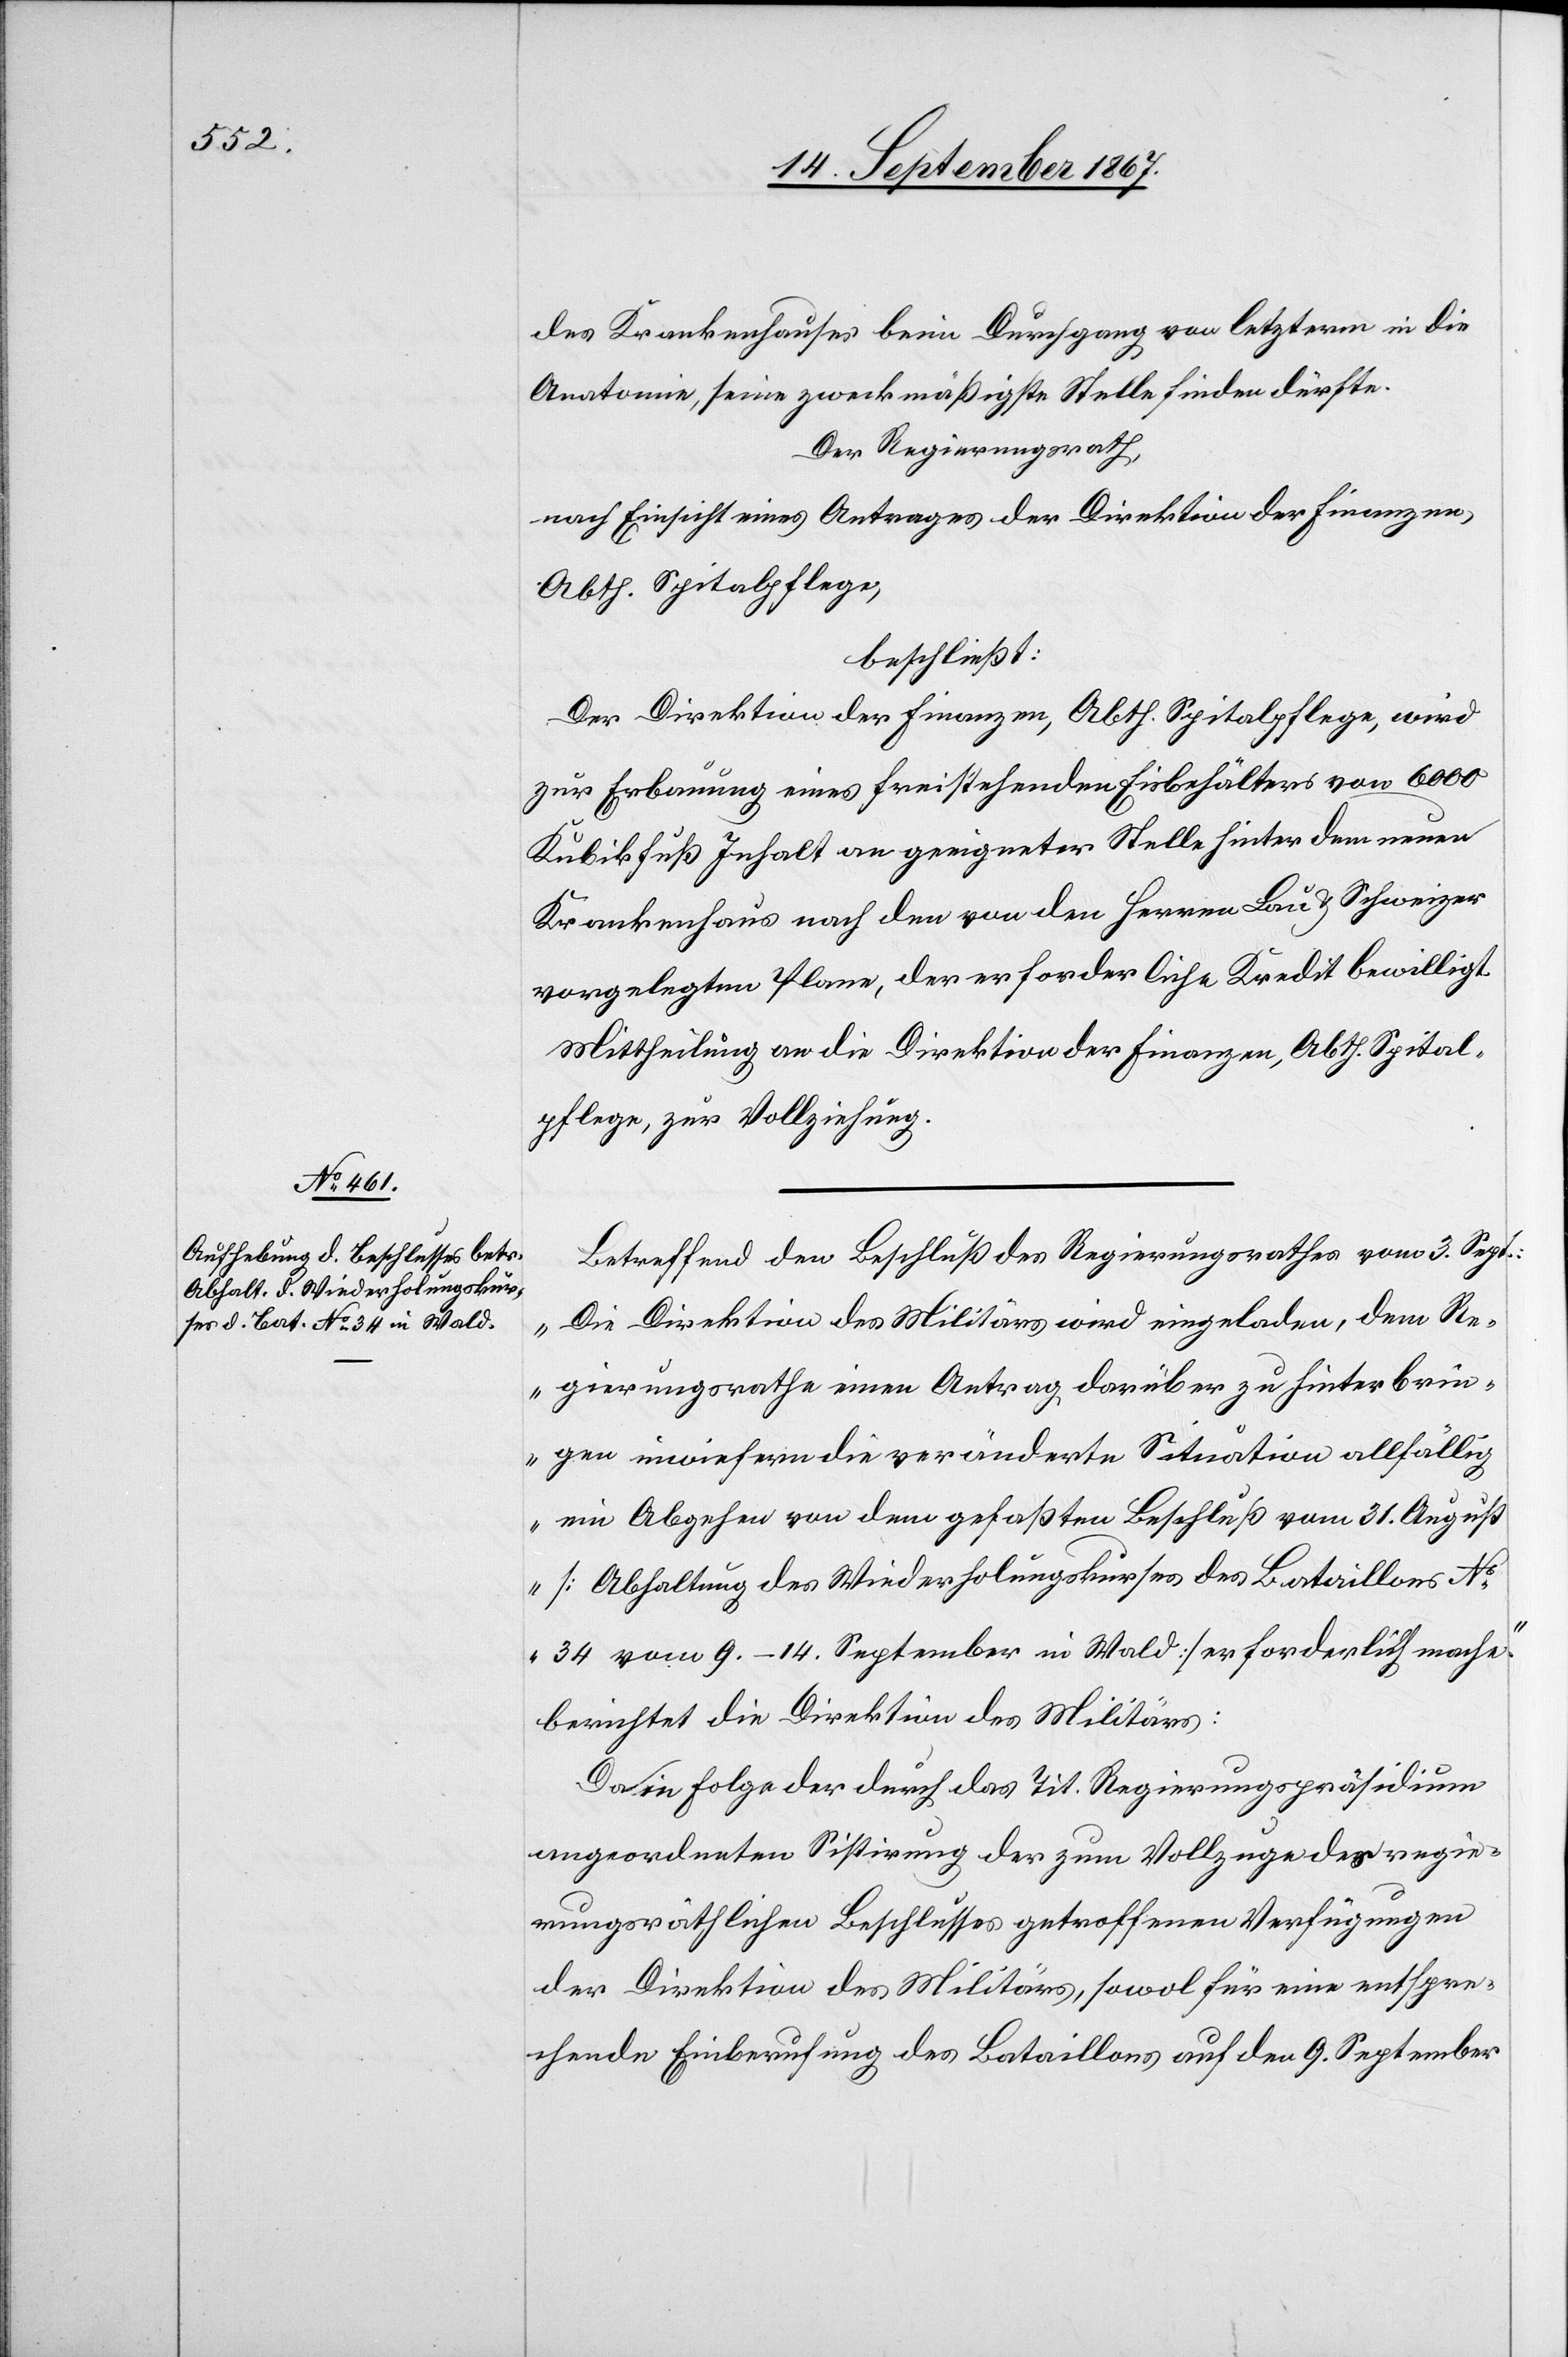
des Krankenhauses beim Durchgang von letzterm in die
Anatomie, seine zweckmäßigste Stelle finden dürfte.
Der Regierungsrath,
nach Einsicht eines Antrages der Direktion der Finanzen,
Abth. Spitalpflege,
beschließt:
Der Direktion der Finanzen, Abth. Spitalpflege, wird
zur Erbauung eines freistehenden Eisbehälters von 6000
Kubikfuß Inhalt an geeigneter Stelle hinter dem neuen
Krankenhaus nach den von den Herren Lau u. Schweizer
vorgelegten Plane, der erforderliche Kredit bewilligt.
Mittheilung an die Direktion der Finanzen, Abth. Spital¬
pflege, zur Vollziehung.
Betreffend den Beschluß des Regierungsrathes vom 3. Sept.:
„Die Direktion des Militärs wird eingeladen, dem Re¬
gierungsrathe einen Antrag darüber zu hinterbrin¬
gen inwiefern die veränderte Situation allfällig
ein Abgehen von dem gefaßten Beschluß vom 31. August
[Abhaltung des Wiederholungskurses des Bataillons No.
34 vom 9.–14. September in Wald] erforderlich mache.“
berichtet die Direktion des Militärs:
Da in Folge der durch das Tit. Regierungspräsidium
angeordneten Sistirung der zum Vollzuge des regie¬
rungsräthlichen Beschlusses getroffenen Verfügungen
der Direktion des Militärs, sowol für eine entspre¬
chende Einberufung des Bataillons auf den 9. September